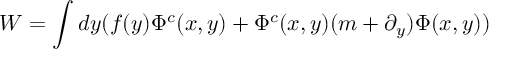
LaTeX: W = \int d y ( f ( y ) \Phi ^ { c } ( x , y ) + \Phi ^ { c } ( x , y ) ( m + \partial _ { y } ) \Phi ( x , y ) )